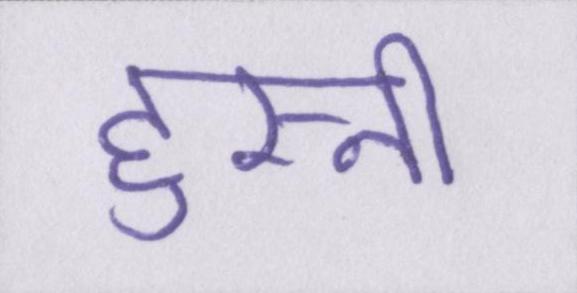
हुस्नी